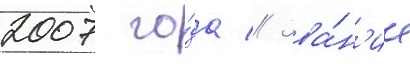
2007 го́да // Зва́н'ие